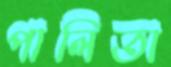
পালিতা